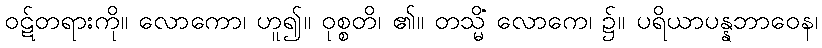
ဝဋ်တရားကို။ လောကော၊ ဟူ၍။ ဝုစ္စတိ၊ ၏။ တသ္မိံ လောကေ၊ ၌။ ပရိယာပန္နဘာဝေန၊